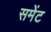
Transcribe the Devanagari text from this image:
समेंट